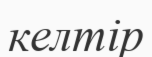
келтір